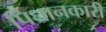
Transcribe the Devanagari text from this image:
पिधानकारी